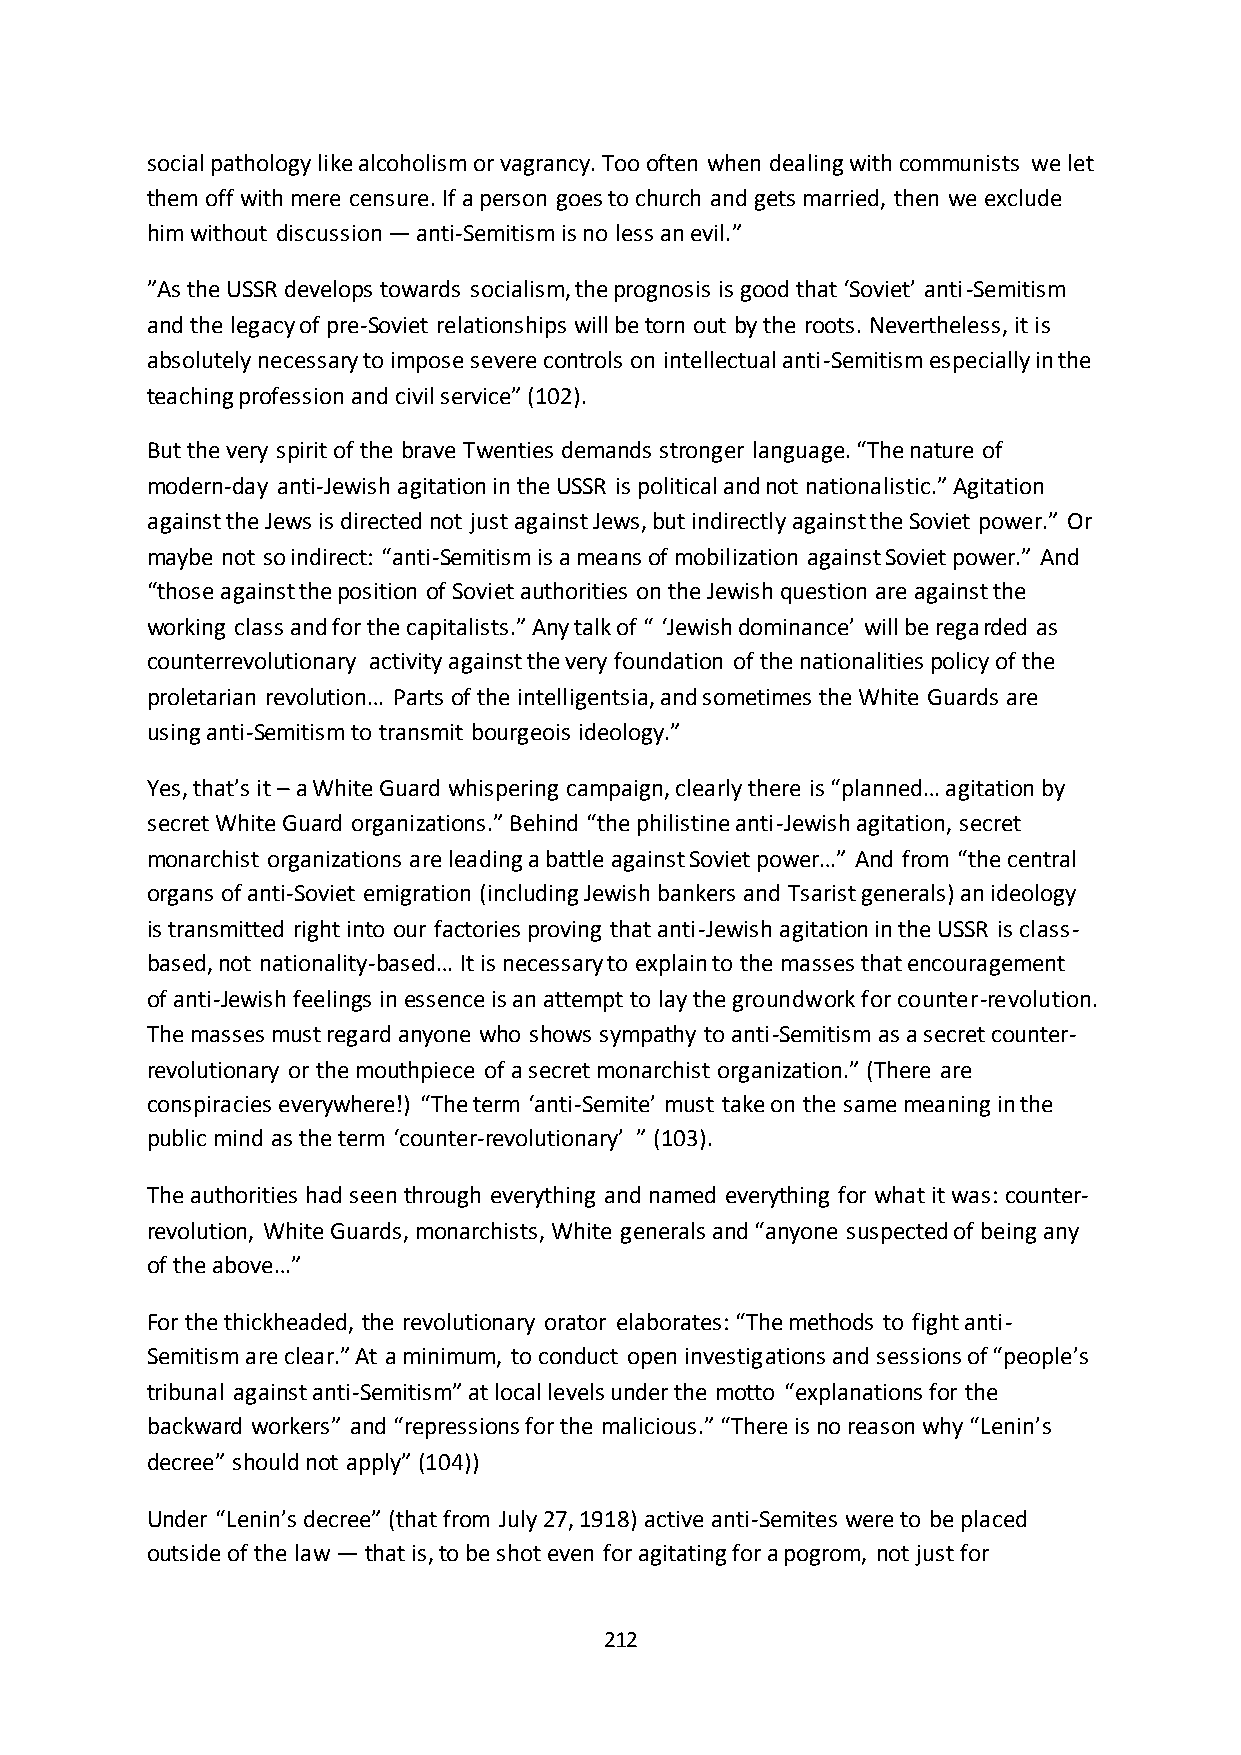
social pathology like alcoholism or vagrancy. Too often when dealing with communists we let
 them off with mere censure. If a person goes to church and gets married, then we exclude
 him without discussion — anti-Semitism is no less an evil.”
 ”As the USSR develops towards socialism, the prognosis is good that ‘Soviet’ anti-Semitism
 and the legacy of pre-Soviet relationships will be torn out by the roots. Nevertheless, it is
 absolutely necessary to impose severe controls on intellectual anti-Semitism especially in the
 teaching profession and civil service” (102).
 But the very spirit of the brave Twenties demands stronger language. “The nature of
 modern-day anti-Jewish agitation in the USSR is political and not nationalistic.” Agitation
 against the Jews is directed not just against Jews, but indirectly against the Soviet power.” Or
 maybe not so indirect: “anti-Semitism is a means of mobilization against Soviet power.” And
 “those against the position of Soviet authorities on the Jewish question are against the
 working class and for the capitalists.” Any talk of “ ‘Jewish dominance’ will be regarded as
 counterrevolutionary activity against the very foundation of the nationalities policy of the
 proletarian revolution… Parts of the intelligentsia, and sometimes the White Guards are
 using anti-Semitism to transmit bourgeois ideology.”
 Yes, that’s it – a White Guard whispering campaign, clearly there is “planned… agitation by
 secret White Guard organizations.” Behind “the philistine anti-Jewish agitation, secret
 monarchist organizations are leading a battle against Soviet power…” And from “the central
 organs of anti-Soviet emigration (including Jewish bankers and Tsarist generals) an ideology
 is transmitted right into our factories proving that anti-Jewish agitation in the USSR is class-
 based, not nationality-based… It is necessary to explain to the masses that encouragement
 of anti-Jewish feelings in essence is an attempt to lay the groundwork for counter-revolution.
 The masses must regard anyone who shows sympathy to anti-Semitism as a secret counter-
 revolutionary or the mouthpiece of a secret monarchist organization.” (There are
 conspiracies everywhere!) “The term ‘anti-Semite’ must take on the same meaning in the
 public mind as the term ‘counter-revolutionary’ ” (103).
 The authorities had seen through everything and named everything for what it was: counter-
 revolution, White Guards, monarchists, White generals and “anyone suspected of being any
 of the above…”
 For the thickheaded, the revolutionary orator elaborates: “The methods to fight anti-
 Semitism are clear.” At a minimum, to conduct open investigations and sessions of “people’s
 tribunal against anti-Semitism” at local levels under the motto “explanations for the
 backward workers” and “repressions for the malicious.” “There is no reason why “Lenin’s
 decree” should not apply” (104))
 Under “Lenin’s decree” (that from July 27, 1918) active anti-Semites were to be placed
 outside of the law — that is, to be shot even for agitating for a pogrom, not just for
 212